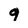
Character: 9